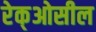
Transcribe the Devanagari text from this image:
रेक्‌ओसील